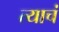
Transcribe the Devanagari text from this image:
त्‍याचं